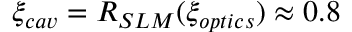
\xi _ { c a v } = R _ { S L M } ( \xi _ { o p t i c s } ) \approx 0 . 8